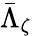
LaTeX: \bar{\Lambda}_{\zeta}